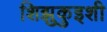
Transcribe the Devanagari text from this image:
शिझुकुइशी